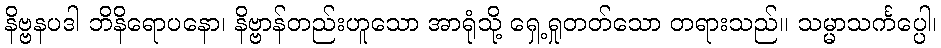
နိဗ္ဗနပဒါ ဘိနိရောပနော၊ နိဗ္ဗာန်တည်းဟူသော အာရုံသို့ ရှေ့ရှုတတ်သော တရားသည်။ သမ္မာသင်္ကပ္ပေါ၊